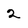
Character: 2